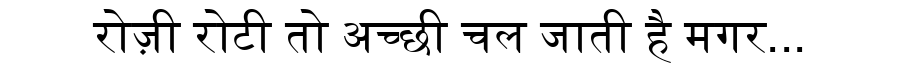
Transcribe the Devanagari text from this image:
रोज़ी रोटी तो अच्छी चल जाती है मगर...